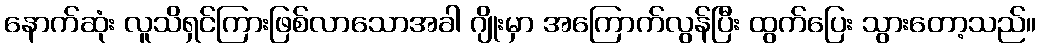
နောက်ဆုံး လူသိရှင်ကြားဖြစ်လာသောအခါ ဂျိုးမှာ အကြောက်လွန်ပြီး ထွက်ပြေး သွားတော့သည်။